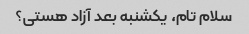
سلام تام، یکشنبه بعد آزاد هستی؟